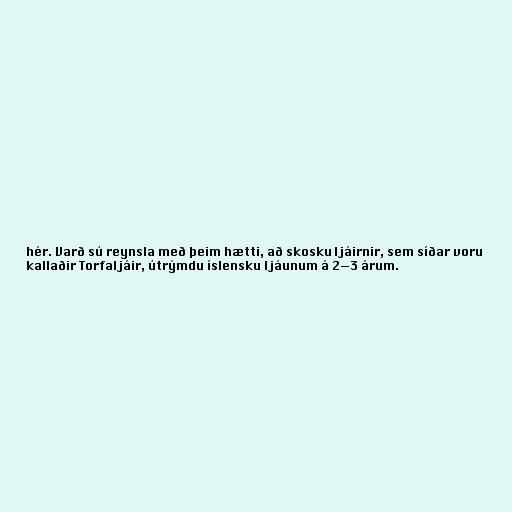
hér. Varð sú reynsla með þeim hætti, að skosku ljáirnir, sem síðar voru
kallaðir Torfaljáir, útrýmdu íslensku ljáunum á 2—3 árum.